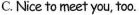
C. Nice to meet you, too.